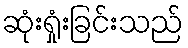
ဆုံးရှုံးခြင်းသည်